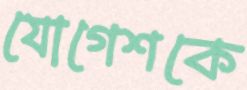
যোগেশকে